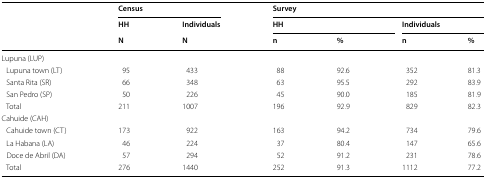
<table><thead><tr><td rowspan="3"></td><td colspan="2"><b>Census</b></td><td colspan="4"><b>Survey</b></td></tr><tr><td><b>HH</b></td><td><b>Individuals</b></td><td colspan="2"><b>HH</b></td><td colspan="2"><b>Individuals</b></td></tr><tr><td><b>N</b></td><td><b>N</b></td><td><b>n</b></td><td><b>%</b></td><td><b>n</b></td><td><b>%</b></td></tr></thead><tbody><tr><td colspan="7">Lupuna (LUP)</td></tr><tr><td> Lupuna town (LT)</td><td>95</td><td>433</td><td>88</td><td>92.6</td><td>352</td><td>81.3</td></tr><tr><td> Santa Rita (SR)</td><td>66</td><td>348</td><td>63</td><td>95.5</td><td>292</td><td>83.9</td></tr><tr><td> San Pedro (SP)</td><td>50</td><td>226</td><td>45</td><td>90.0</td><td>185</td><td>81.9</td></tr><tr><td> Total</td><td>211</td><td>1007</td><td>196</td><td>92.9</td><td>829</td><td>82.3</td></tr><tr><td colspan="7">Cahuide (CAH)</td></tr><tr><td> Cahuide town (CT)</td><td>173</td><td>922</td><td>163</td><td>94.2</td><td>734</td><td>79.6</td></tr><tr><td> La Habana (LA)</td><td>46</td><td>224</td><td>37</td><td>80.4</td><td>147</td><td>65.6</td></tr><tr><td> Doce de Abril (DA)</td><td>57</td><td>294</td><td>52</td><td>91.2</td><td>231</td><td>78.6</td></tr><tr><td> Total</td><td>276</td><td>1440</td><td>252</td><td>91.3</td><td>1112</td><td>77.2</td></tr></tbody></table>